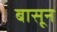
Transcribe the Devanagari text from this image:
बासून